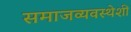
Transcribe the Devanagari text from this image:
समाजव्यवस्थेशी